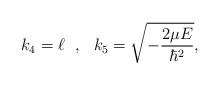
LaTeX: \begin{align*}k_4=\ell \ \ , \ \ k_5=\sqrt{-\frac{2\mu E}{\hbar^2}},\end{align*}